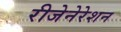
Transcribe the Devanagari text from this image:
रीजेनेरेशन